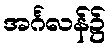
အင်္ဂလန်၌